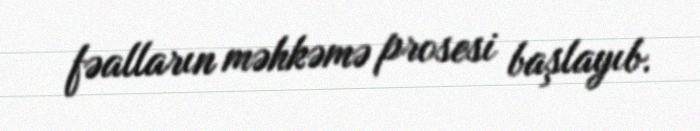
fəalların məhkəmə prosesi başlayıb.